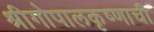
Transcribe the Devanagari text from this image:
श्रीगोपालकृष्णाची